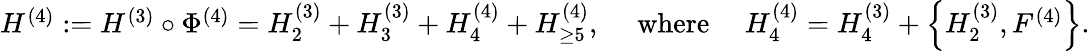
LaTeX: \begin{array}{r}{{H}^{(4)}:={H}^{(3)}\circ\Phi^{(4)}=H_{2}^{(3)}+{H}_{3}^{(3)}+{H}_{4}^{(4)}+{H}_{\ge 5}^{(4)},\quad\mathrm{~where~}\quad{H}_{4}^{(4)}={H}_{4}^{(3)}+\left\{ {H}_{2}^{(3)},F^{(4)}\right\} .}\end{array}